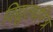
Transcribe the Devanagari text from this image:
विद्युतधरित्र